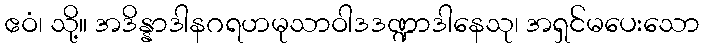
ဧဝံ၊ သို့။ အဒိန္နာဒါနဂရဟမုသာဝါဒဒဏ္ဍာဒါနေသု၊ အရှင်မပေးသော